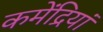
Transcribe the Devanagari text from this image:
कमेंद्रियां